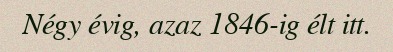
Négy évig, azaz 1846-ig élt itt.